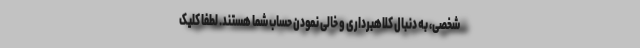
شخصی، به دنبال کلاهبرداری و خالی نمودن حساب شما هستند. لطفا کلیک